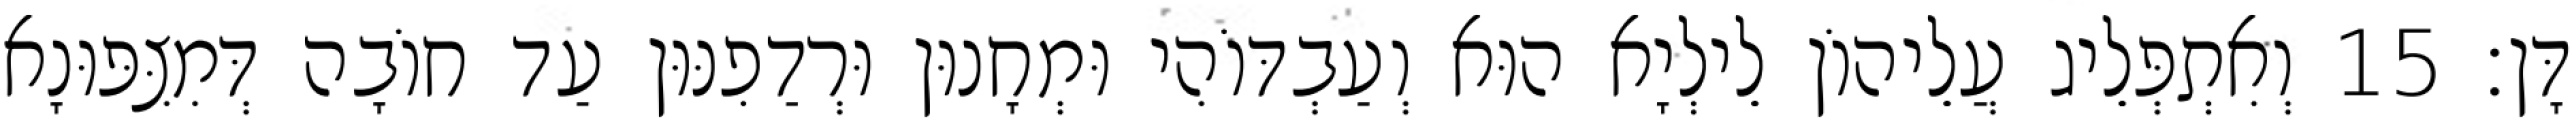
דָּן׃ 15 וְאִתְפְּלֵיג עֲלֵיהוֹן לֵילְיָא הוּא וְעַבְדּוֹהִי וּמְחָנוּן וּרְדַפִנּוּן עַד חוֹבָה דְּמִצִּפּוּנָא